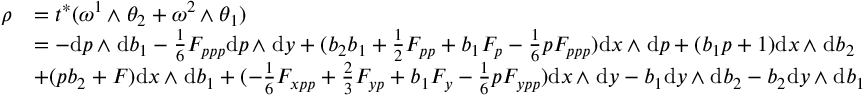
\begin{array} { r l } { \rho } & { = t ^ { * } ( \omega ^ { 1 } { \, { \wedge } \; } \theta _ { 2 } + \omega ^ { 2 } { \, { \wedge } \; } \theta _ { 1 } ) } \\ & { = - \mathrm { d } p { \, { \wedge } \; } \mathrm { d } b _ { 1 } - \frac 1 6 F _ { p p p } \mathrm { d } p { \, { \wedge } \; } \mathrm { d } y + ( b _ { 2 } b _ { 1 } + \textstyle { \frac 1 2 } F _ { p p } + b _ { 1 } F _ { p } - \frac 1 6 p F _ { p p p } ) \mathrm { d } x { \, { \wedge } \; } \mathrm { d } p + ( b _ { 1 } p + 1 ) \mathrm { d } x { \, { \wedge } \; } \mathrm { d } b _ { 2 } } \\ & { + ( p b _ { 2 } + F ) \mathrm { d } x { \, { \wedge } \; } \mathrm { d } b _ { 1 } + ( - \frac 1 6 F _ { x p p } + \frac 2 3 F _ { y p } + b _ { 1 } F _ { y } - \frac 1 6 p F _ { y p p } ) \mathrm { d } x { \, { \wedge } \; } \mathrm { d } y - b _ { 1 } \mathrm { d } y { \, { \wedge } \; } \mathrm { d } b _ { 2 } - b _ { 2 } \mathrm { d } y { \, { \wedge } \; } \mathrm { d } b _ { 1 } } \end{array}